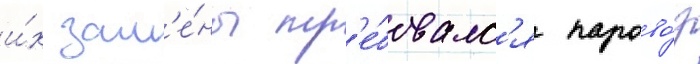
и́х зам'е́ны тр'е́бовалс'я парово́з